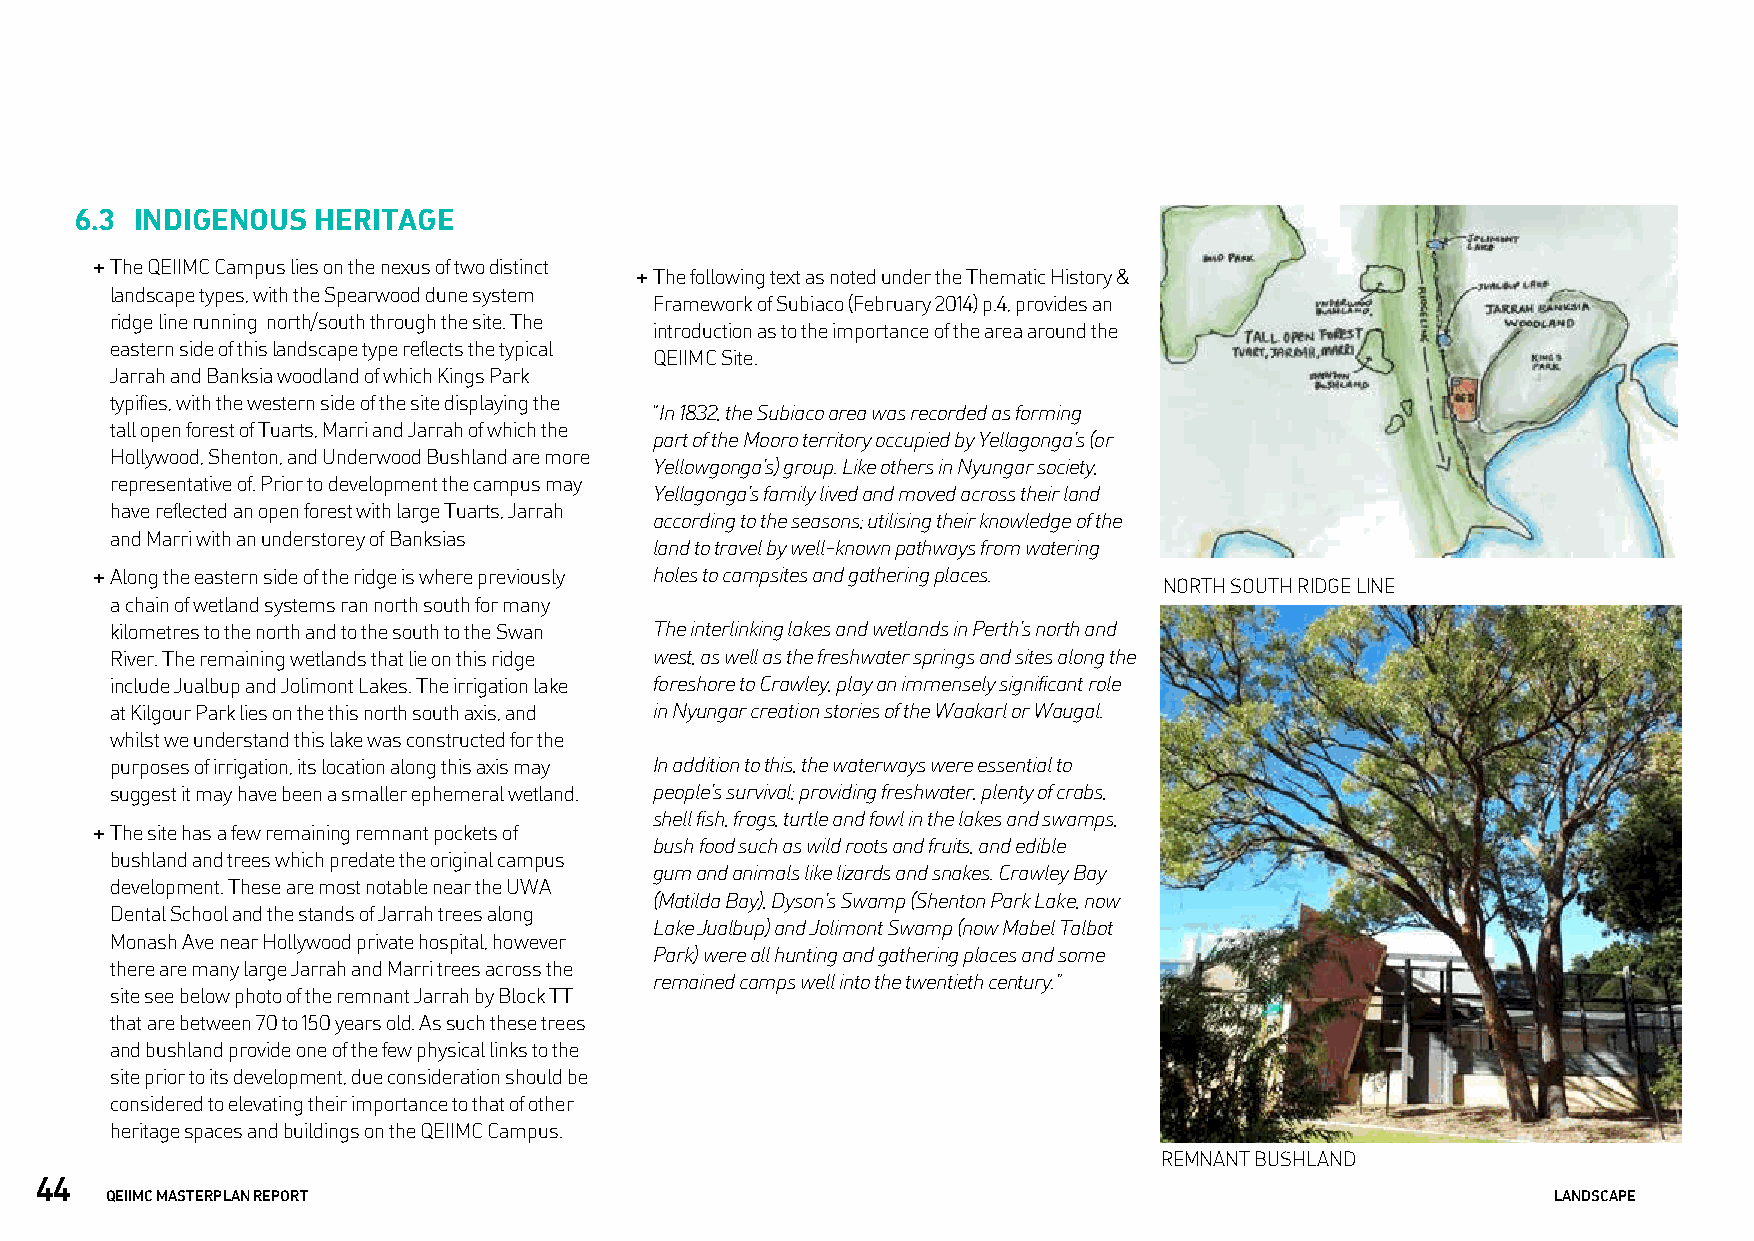
6.3 INDIGENOUS  HERITAGE
 + The QEIIMC Campus lies on the nexus of two distinct
 + The following text as noted under the Thematic History &
 landscape types, with the Spearwood dune system
 Framework of Subiaco (February 2014) p.4, provides an
 ridge line running north/south through the site. The
 introduction as to the importance of the area around the
 eastern side of this landscape type reflects the typical
 QEIIMC Site.
 Jarrah and Banksia woodland of which Kings Park
 typifies, with the western side of the site displaying the
 “In 1832, the Subiaco area was recorded as forming
 tall open forest of Tuarts, Marri and Jarrah of which the
 part of the Mooro territory occupied by Yellagonga’s (or
 Hollywood, Shenton, and Underwood Bushland are more
 Yellowgonga’s) group. Like others in Nyungar society,
 representative of. Prior to development the campus may
 Yellagonga’s family lived and moved across their land
 have reflected an open forest with large Tuarts, Jarrah
 according to the seasons; utilising their knowledge of the
 and Marri with an understorey of Banksias
 land to travel by well-known pathways from watering
 + Along the eastern side of the ridge is where previously holes to campsites and gathering places.
 NORTH SOUTH RIDGE LINE
 a chain of wetland systems ran north south for many
 kilometres to the north and to the south to the Swan The interlinking lakes and wetlands in Perth’s north and
 River. The remaining wetlands that lie on this ridge west, as well as the freshwater springs and sites along the
 include Jualbup and Jolimont Lakes. The irrigation lake foreshore to Crawley, play an immensely significant role
 at Kilgour Park lies on the this north south axis, and in Nyungar creation stories of the Waakarl or Waugal.
 whilst we understand this lake was constructed for the
 purposes of irrigation, its location along this axis may In addition to this, the waterways were essential to
 suggest it may have been a smaller ephemeral wetland. people’s survival; providing freshwater, plenty of crabs,
 shell fish, frogs, turtle and fowl in the lakes and swamps,
 + The site has a few remaining remnant pockets of
 bush food such as wild roots and fruits, and edible
 bushland and trees which predate the original campus
 gum and animals like lizards and snakes. Crawley Bay
 development. These are most notable near the UWA
 (Matilda Bay), Dyson’s Swamp (Shenton Park Lake, now
 Dental School and the stands of Jarrah trees along
 Lake Jualbup) and Jolimont Swamp (now Mabel Talbot
 Monash Ave near Hollywood private hospital, however
 Park) were all hunting and gathering places and some
 there are many large Jarrah and Marri trees across the
 remained camps well into the twentieth century.”
 site see below photo of the remnant Jarrah by Block TT
 that are between 70 to 150 years old. As such these trees
 and bushland provide one of the few physical links to the
 site prior to its development, due consideration should be
 considered to elevating their importance to that of other
 heritage spaces and buildings on the QEIIMC Campus.
 REMNANT BUSHLAND
 44
 QEIIMC MASTERPLAN REPORT                                                                        LANDSCAPE